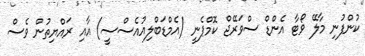
ކުންފުނި މާލޭ ވޯޓާ އެންޑް ސްވަރޭޖް ކޮމްޕެނީ (އެމްޑަބްލިއުއެސްސީ) އާއި ރައްޔިތުން ވެސް